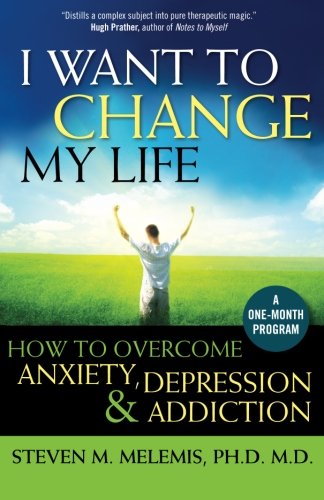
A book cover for I Want to Change My Life: How to Overcome Anxiety, Depression and Addiction; Steven M Melemis; Health, Fitness & Dieting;